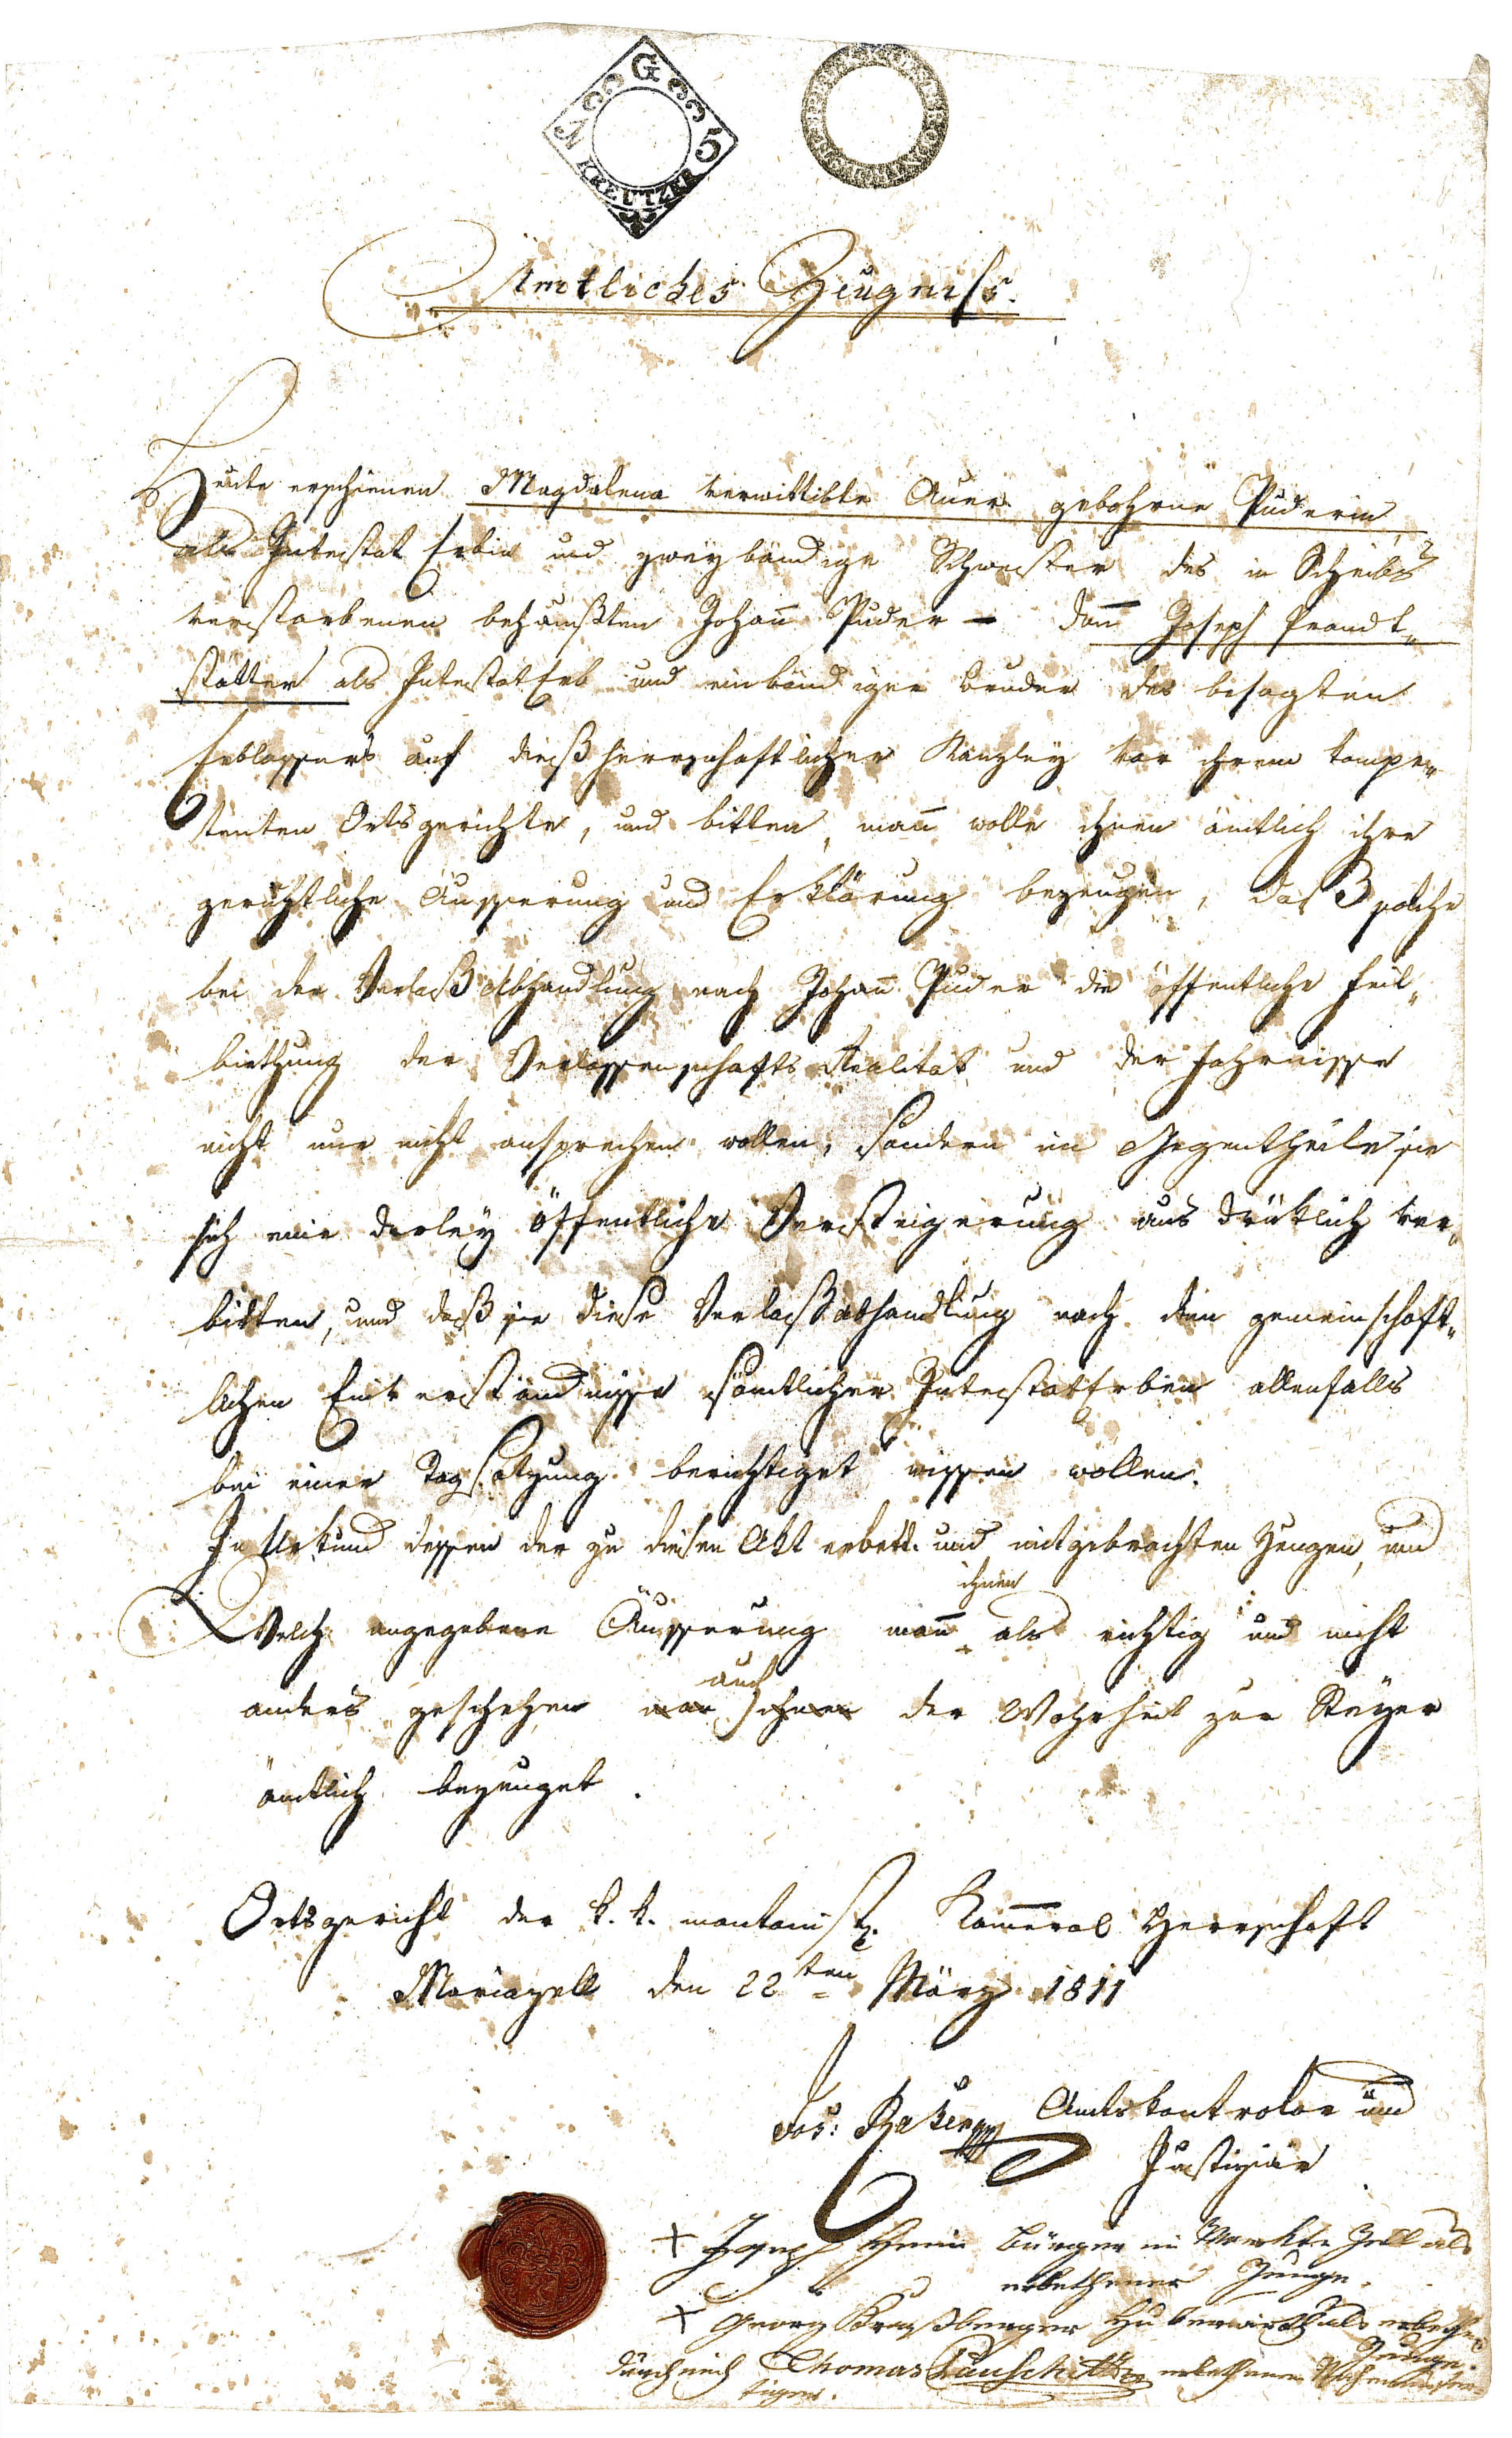
Amtliches Zeugniss
Heute erschienen Magdalena verwittibte  Auer gebohren Puderin
als Intestat Erbin und zwey bändige Schwester des in Scheibs
verstorbenen behausten Johann Puder -  Dann Joseph Prandt¬
stätter als IntestatErb und einbändigen Bruder des besagten
Erblassers auf dieß herrschaftlicher Kanzley vor ihrem kompe¬
tenten Ortsgerichte, und bitten, mann wolle ihnen amtlich ihre
gerichtliche Äusserung und Erklärung bezeugen, daß solche
bei der Verlaß Abhandlung nach Johann Puder die öffentliche Feil¬
biethung der Verlassenschafts Realität und der Fahrnisse
nicht nur nicht ansprechen wollen, sondern im Gegentheile sie
sich eine derley öffentliche Versteigerung ausdrücklich ver¬
bitten, und daß sie diese Verlaßabhandlung nach dem gemeinschaft¬
lichen Einverständnisse sämtlicher IntestatErben allenfalls
bei einer Tagsatzung berichtiget wissen wollen.
In Urkund dessen der zu diesen Akt erbett. und mitgebrachten Zeugen, und
Welch angegebene Äusserung mann ihnen als richtig und nicht
anders geschehen war auch ihnen der Wahrheit zur Steyer
amtlich bezeuget.
Ortsgericht der k.k. montanist. Kammeral Herrschaft
Mariazell den 22 ten März 1811
Jos: Raber mp Amtskontrolor und
Justiziar
+ Joseph Heim Bürger im Markte Zell als
erbethener Zeuge /
+ Georg Kraßberger Huberwirth als erbethener
Zeuge
durch mich Thomas anschitter erbethenen Nahmens ver¬
fügent.